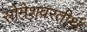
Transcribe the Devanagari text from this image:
सोमेशवरतीर्थ